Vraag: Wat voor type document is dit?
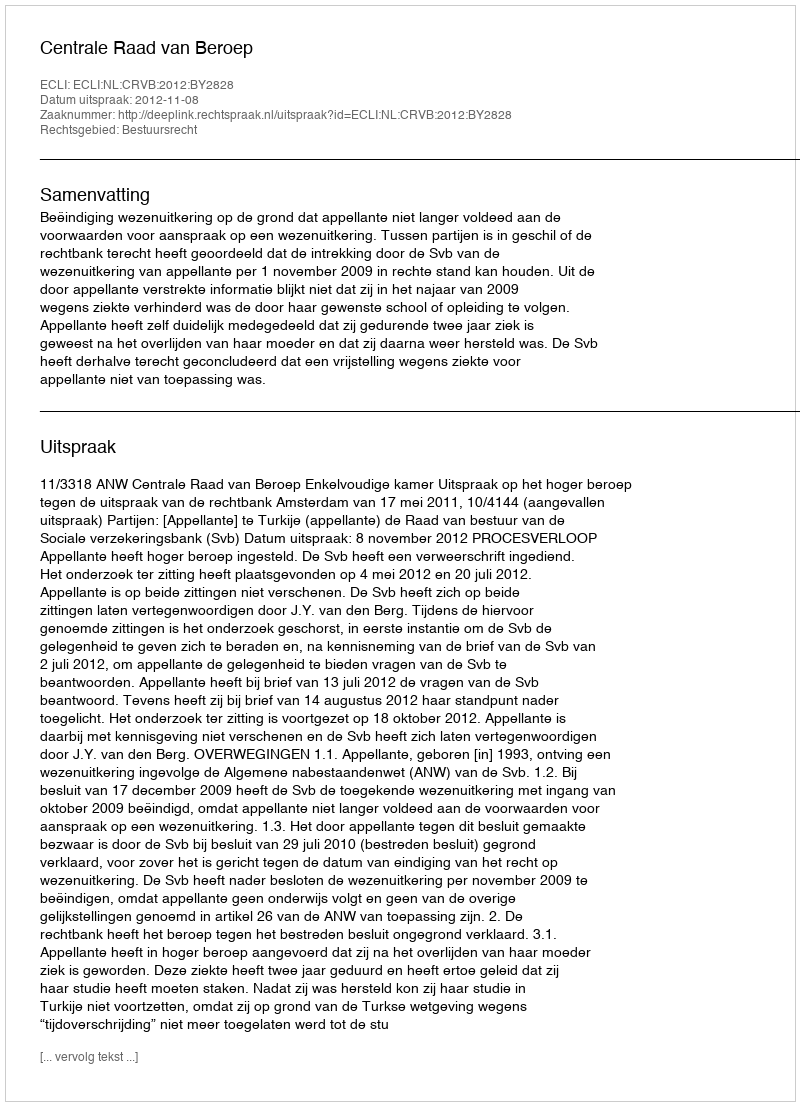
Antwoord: Uitspraak